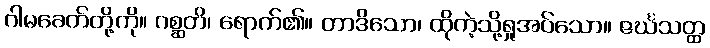
ဂါမခေတ်တို့ကို။ ဂစ္ဆတိ၊ ရောက်၏။ တာဒိသော၊ ထိုကဲ့သို့ရှုအပ်သော။ ဇင်္ဃသတ္ထ